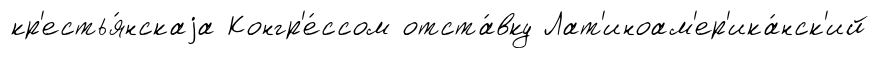
кр'естья́нскаjа Конгр'е́ссом отста́вку Лат'иноам'ер'ика́нск'ий